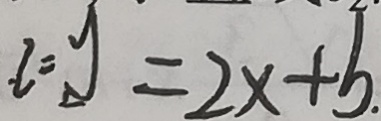
l = y = 2 x + b .